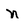
Character: n